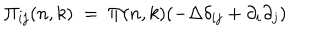
\Pi _ { i j } ( n , k ) \; = \; \Pi ( n , k ) ( - \Delta \delta _ { i j } + \partial _ { i } \partial _ { j } )